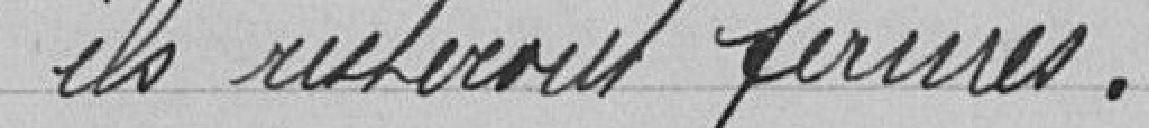
"ils resteront fermés